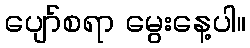
ပျော်စရာ မွေးနေ့ပါ။